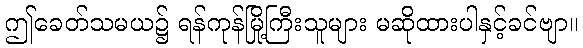
ဤခေတ်သမယ၌ ရန်ကုန်မြို့ကြီးသူများ မဆိုထားပါနှင့်ခင်ဗျာ။